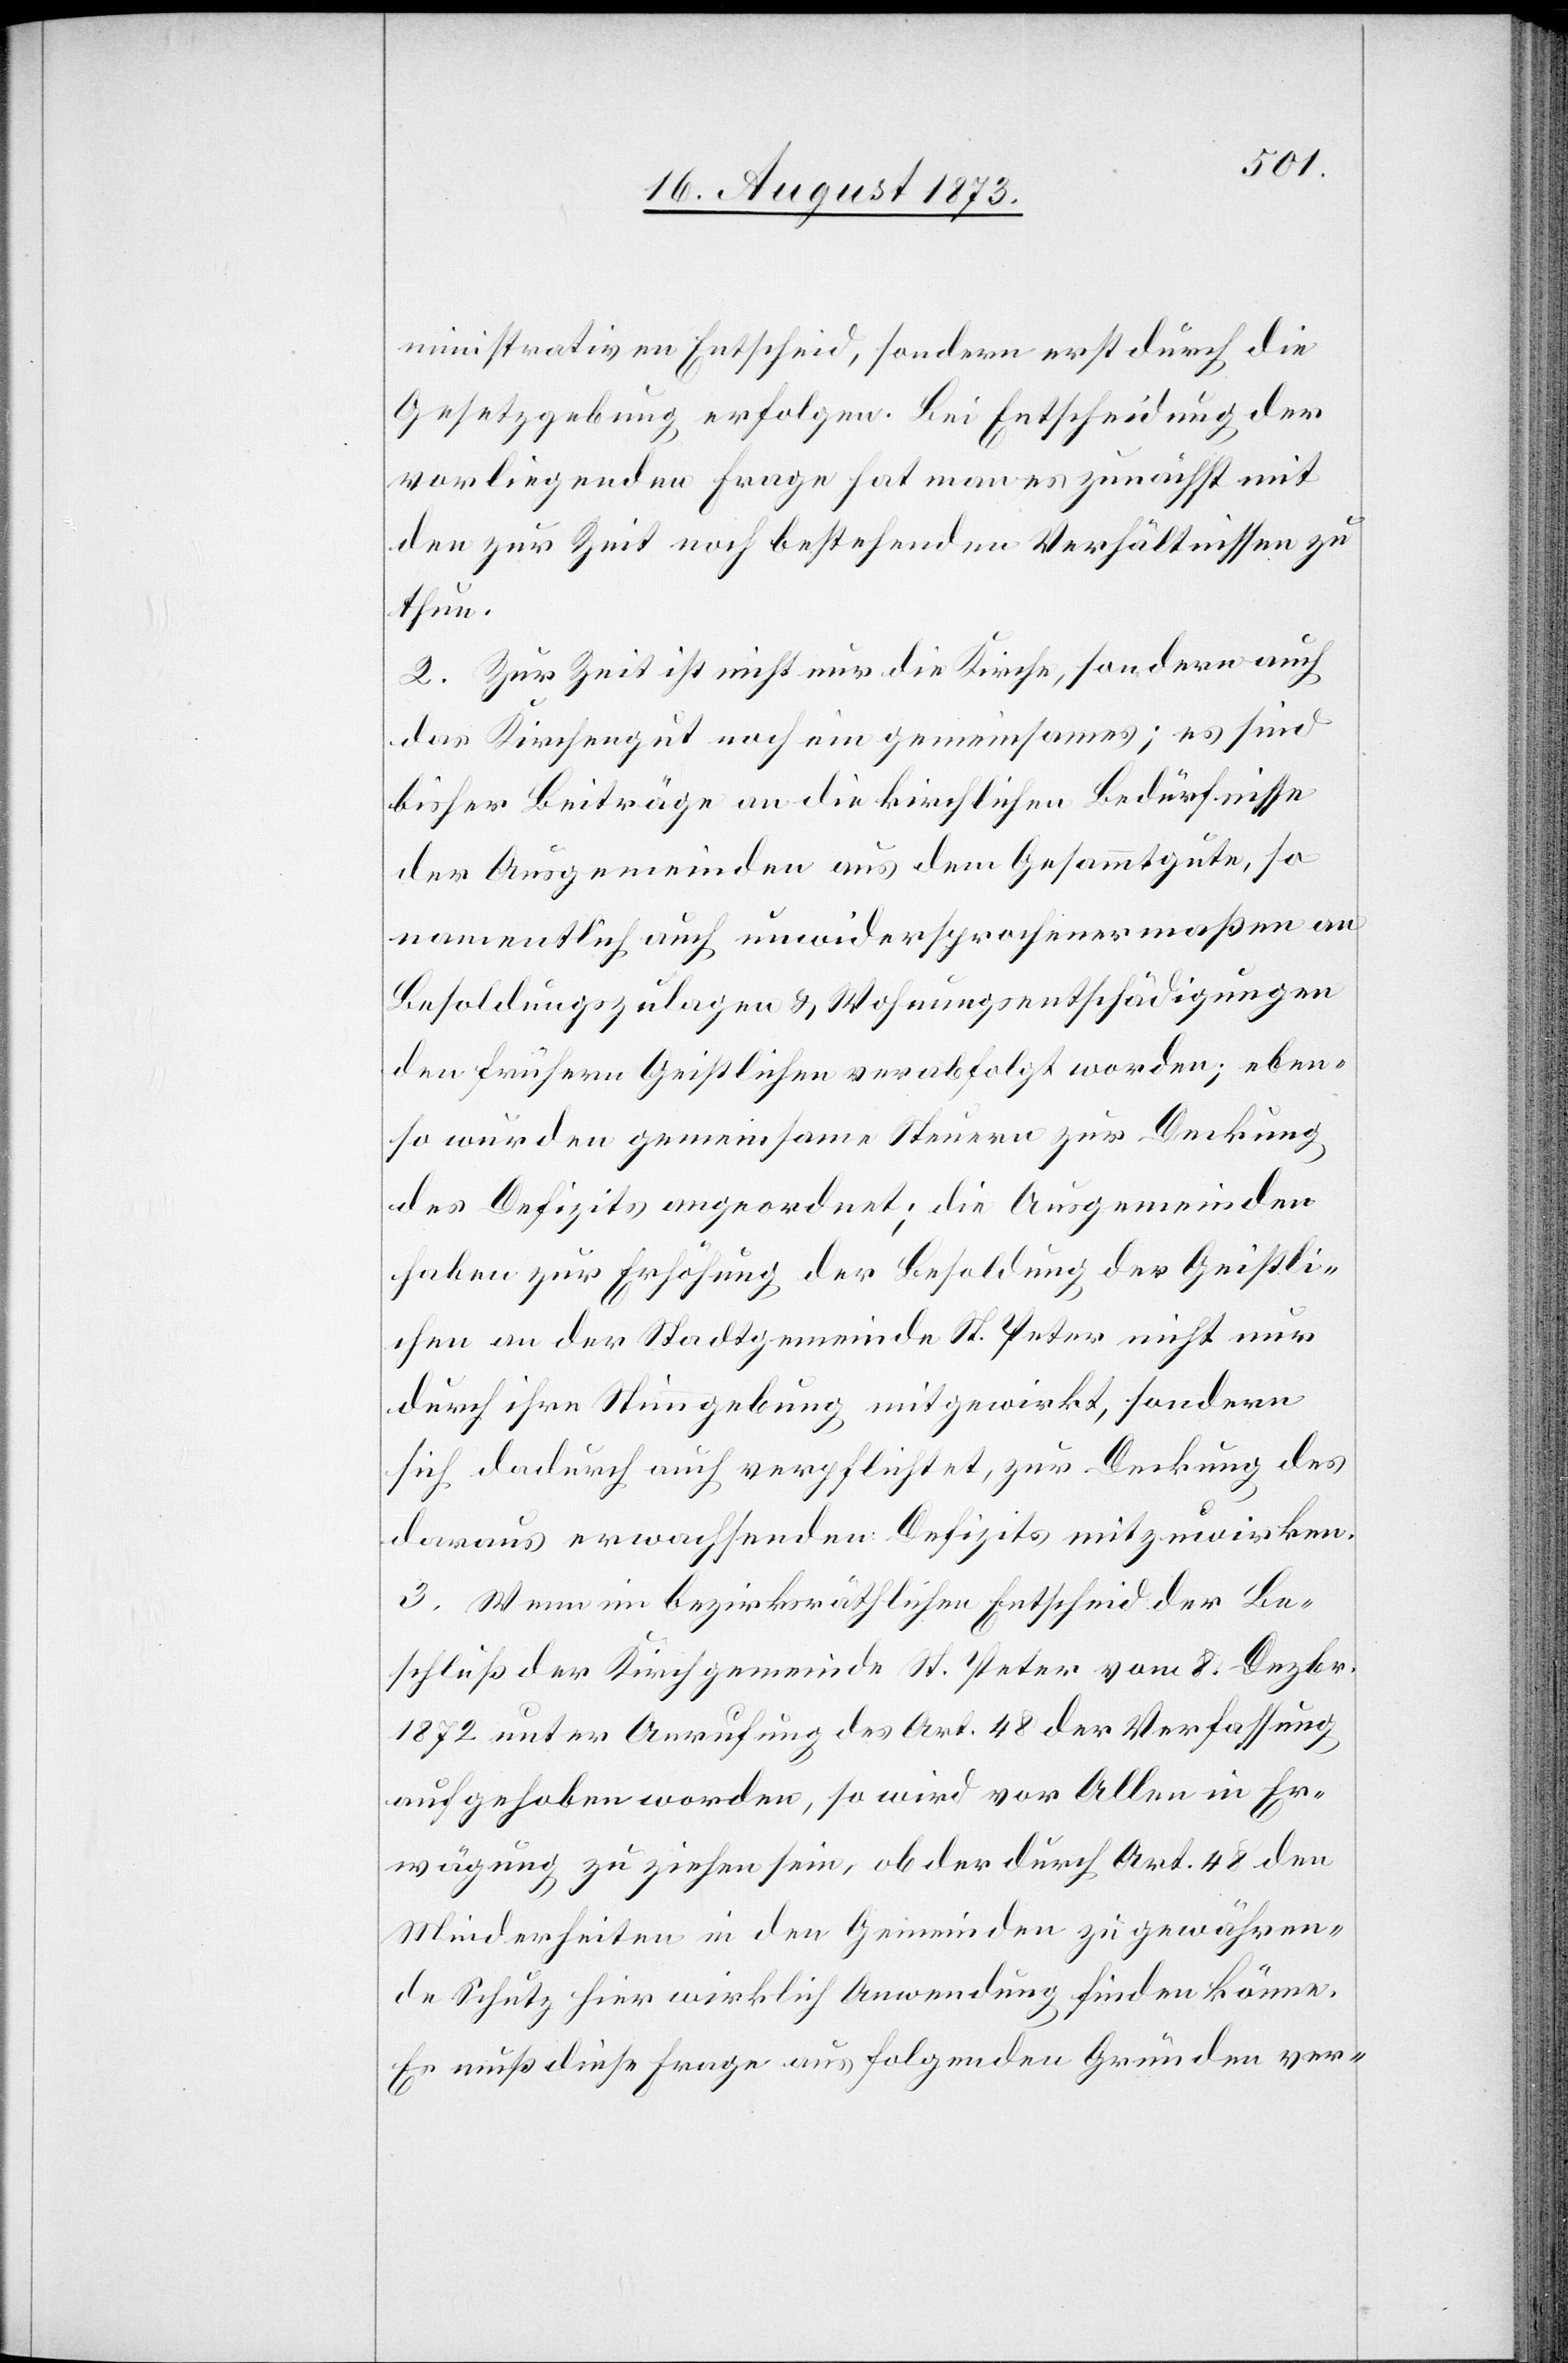
ministrativen Entscheid, sondern erst durch die
Gesetzgebung erfolgen. Bei Entscheidung der
vorliegenden Frage hat man es zunächst mit
den zur Zeit noch bestehenden Verhältnissen zu
thun.
2. Zur Zeit ist nicht nur die Kirche, sondern auch
das Kirchengut noch ein gemeinsames; es sind
bisher Beiträge an die kirchlichen Bedürfnisse
der Ausgemeinden aus dem Gesammtgute, so
namentlich auch unwidersprochenermaßen an
Besoldungszulagen & Wohnungsentschädigungen
den frühern Geistlichen verabfolgt worden; eben¬
so wurden gemeinsame Steuern zur Deckung
des Defizits angeordnet; die Ausgemeinden
haben zur Erhöhung der Besoldung der Geistli¬
chen an der Stadtgemeinde St. Peter nicht nur
durch ihre Stimmgebung mitgewirkt, sondern
sich dadurch auch verpflichtet, zur Deckung des
daraus erwachsenden Defizits mitzuwirken.
3. Wenn im bezirksräthlichen Entscheid der Be¬
schluß der Kirchgemeinde St. Peter vom 8. Dezbr.
1872 unter Anrufung des Art. 48 der Verfassung
aufgehoben worden, so wird vor Allen [sic!] in Er¬
wägung zu ziehen sein, ob der durch Art. 48 den
Minderheiten in den Gemeinden zu gewähren¬
de Schutz hier wirklich Anwendung finden könne.
Es muß diese Frage aus folgenden Gründen ver-